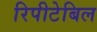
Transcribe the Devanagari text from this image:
रिपीटेबिल